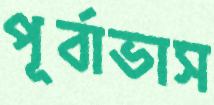
পূর্বাভাস